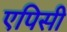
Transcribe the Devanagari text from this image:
एपिसी